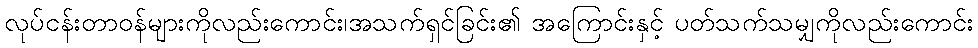
လုပ်ငန်းတာဝန်များကိုလည်းကောင်း၊အသက်ရှင်ခြင်း၏ အကြောင်းနှင့် ပတ်သက်သမျှကိုလည်းကောင်း